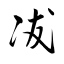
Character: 冹